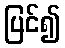
ပြင်၍